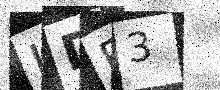
Text: UDB3